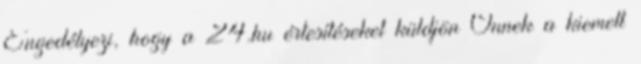
Engedélyezi, hogy a 24.hu értesítéseket küldjön Önnek a kiemelt